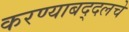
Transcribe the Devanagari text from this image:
करण्याबद्दलचे